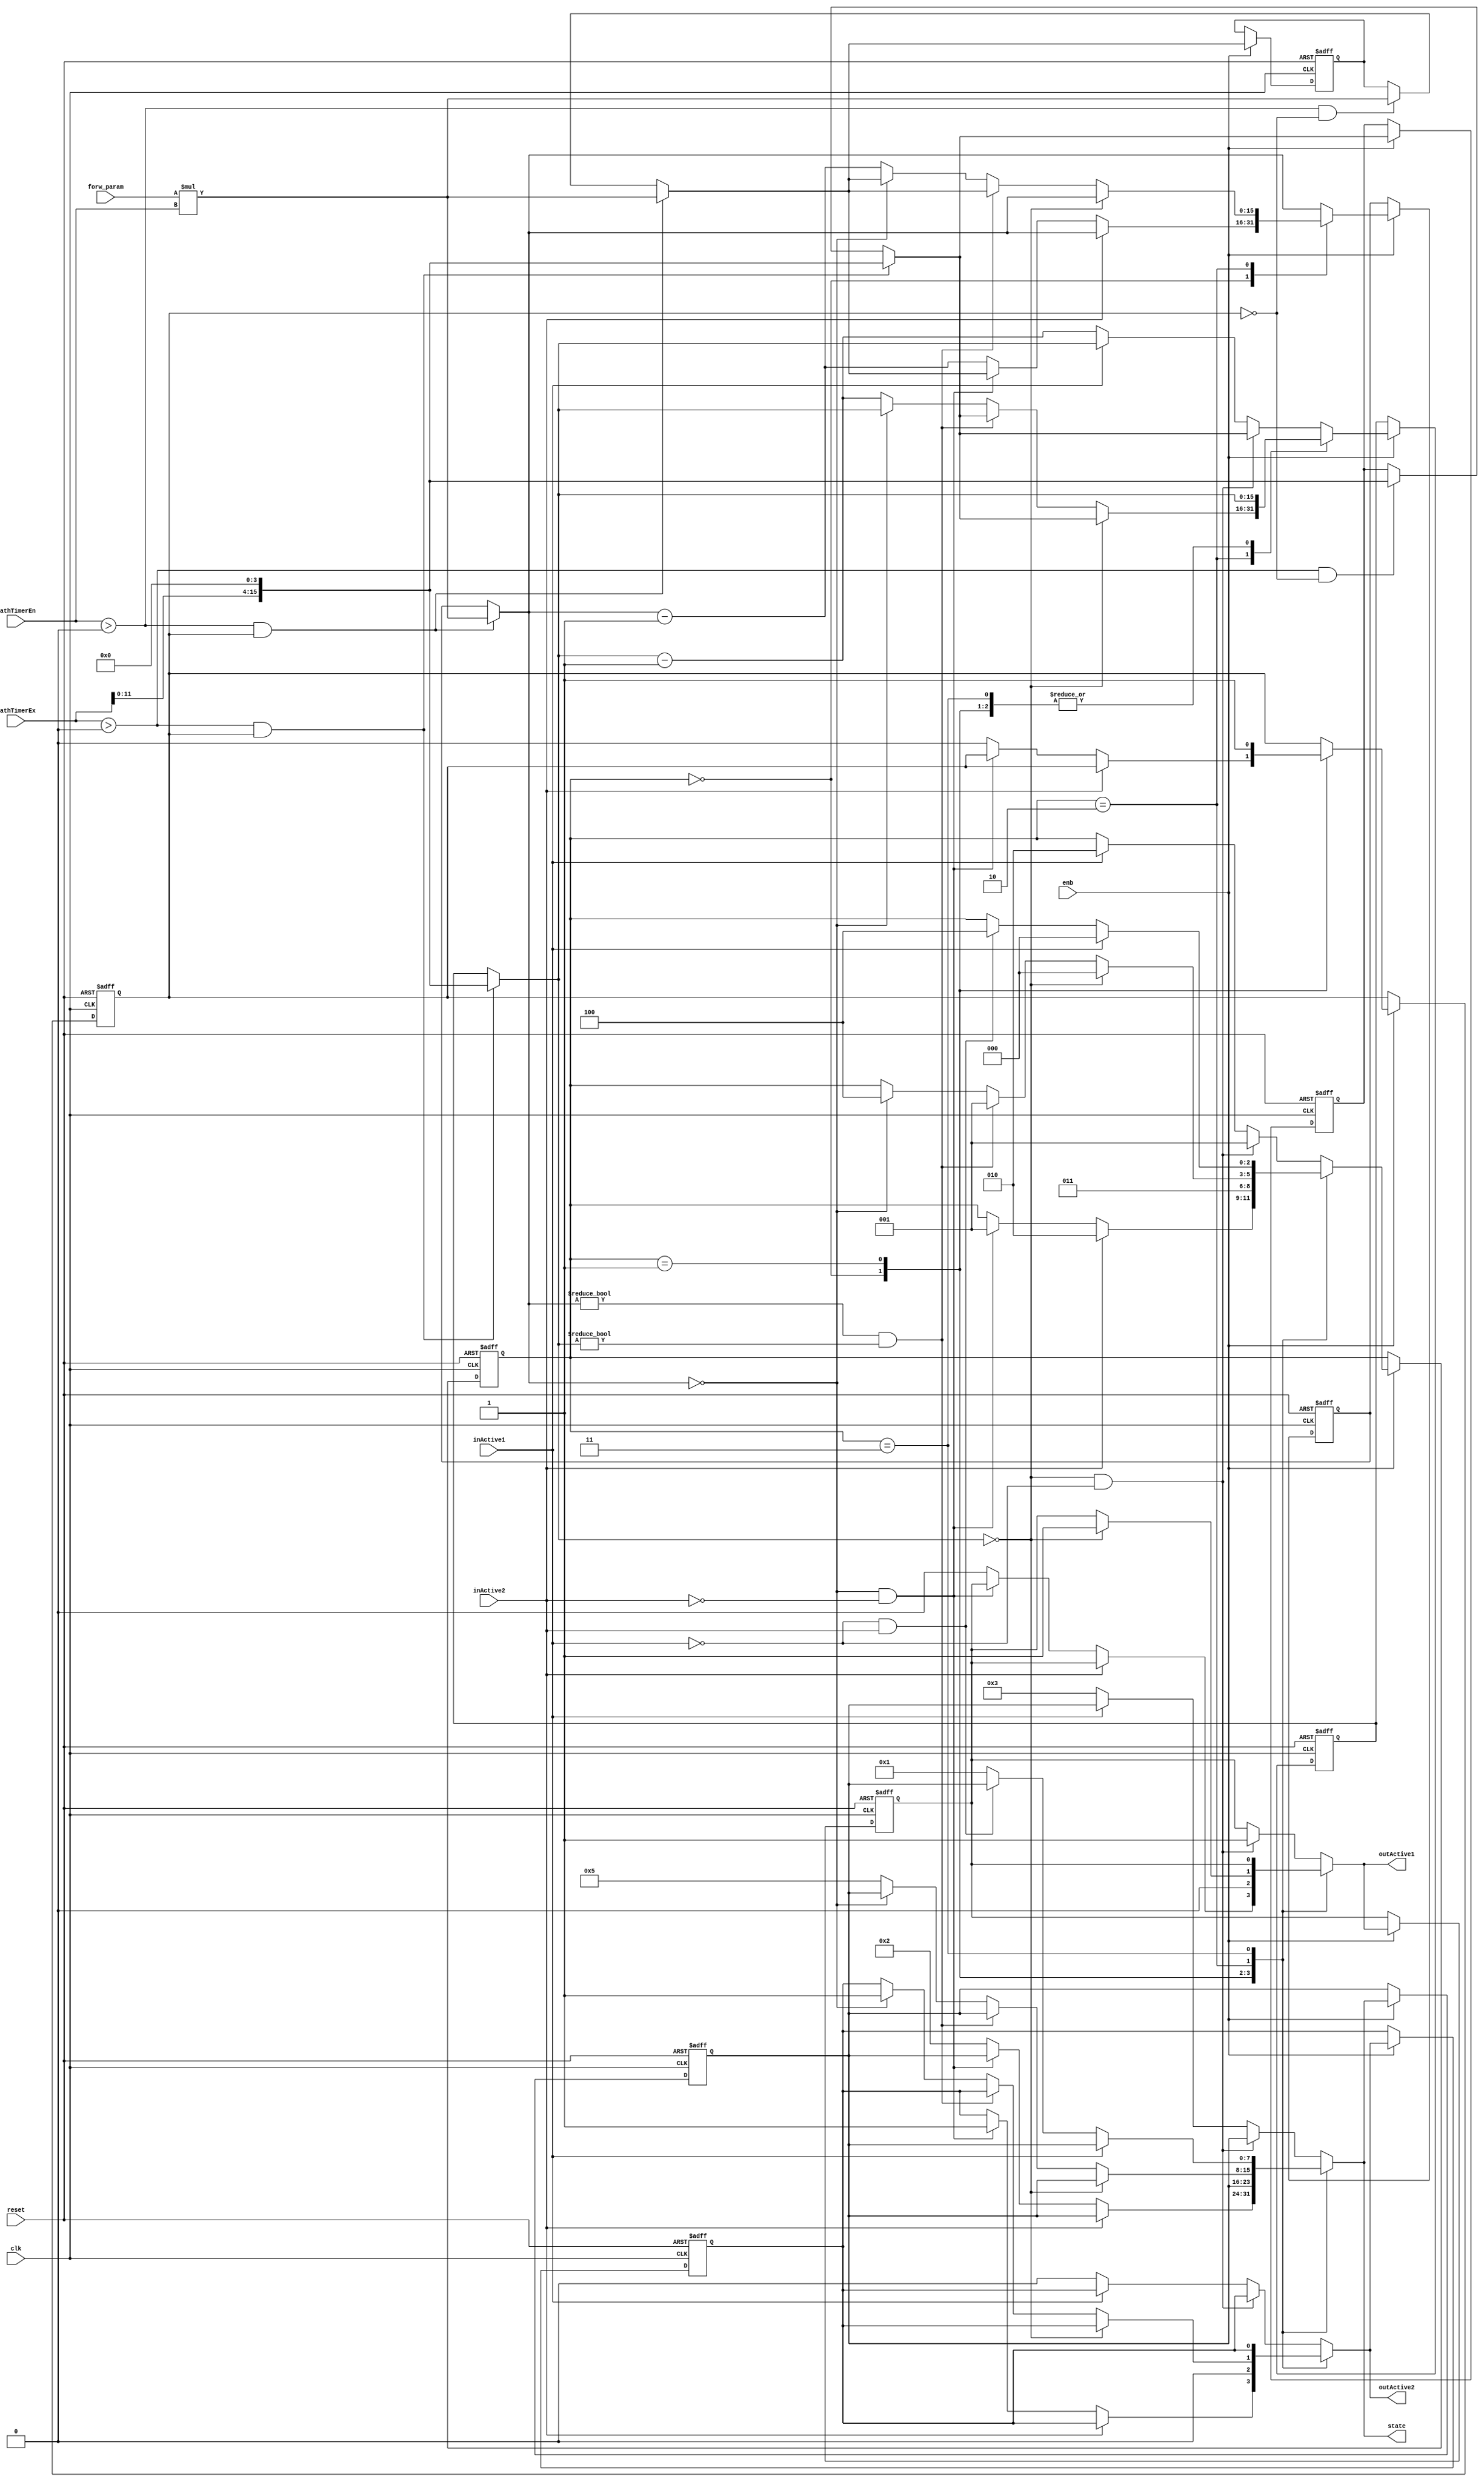
// -------------------------------------------------------------
// 
// 
// Generated by MATLAB 9.0 and HDL Coder 3.8
// 
// -------------------------------------------------------------


// -------------------------------------------------------------
// 
// Module: path_aut_block2
// Source Path: case2mod_new/PA4_1to6/path_aut
// Hierarchy Level: 2
// 
// -------------------------------------------------------------

`timescale 1 ns / 1 ns

module path_aut_block2
          (
           clk,
           reset,
           enb,
           inActive1,
           inActive2,
           forw_param,
           pathTimerEn,
           pathTimerEx,
           outActive1,
           outActive2,
           state
          );


  input   clk;
  input   reset;
  input   enb;
  input   inActive1;
  input   inActive2;
  input   [15:0] forw_param;  // uint16
  input   [15:0] pathTimerEn;  // uint16
  input   [15:0] pathTimerEx;  // uint16
  output  outActive1;
  output  outActive2;
  output  [7:0] state;  // uint8

  parameter is_PathAutomaton3_IN_AntegradeConduction = 3'd0, is_PathAutomaton3_IN_Conflict = 3'd1, is_PathAutomaton3_IN_Double = 3'd2, is_PathAutomaton3_IN_Idle = 3'd3, is_PathAutomaton3_IN_RetrogradeConduction = 3'd4;

  reg [2:0] is_PathAutomaton;  // uint8
  reg [15:0] forw_timer_cur;  // uint16
  reg [15:0] bck_timer_cur;  // uint16
  reg [15:0] bck_timer_def;  // uint16
  reg [15:0] forw_timer_def;  // uint16
  reg  idle_st;
  reg  outActive1_reg;
  reg  outActive2_reg;
  reg [7:0] state_reg;  // uint8
  reg [2:0] is_PathAutomaton_next;  // enum type is_PathAutomaton3 (5 enums)
  reg [15:0] forw_timer_cur_next;  // uint16
  reg [15:0] bck_timer_cur_next;  // uint16
  reg [15:0] bck_timer_def_next;  // uint16
  reg [15:0] forw_timer_def_next;  // uint16
  reg  idle_st_next;
  reg  outActive1_reg_next;
  reg  outActive2_reg_next;
  reg [7:0] state_reg_next;  // uint8
  reg [15:0] forw_timer_cur_temp;  // uint16
  reg [15:0] bck_timer_cur_temp;  // uint16
  reg [15:0] bck_timer_def_temp;  // uint16
  reg [15:0] forw_timer_def_temp;  // uint16
  reg [31:0] mul_temp;  // ufix32
  reg signed [31:0] cast;  // sfix32
  reg [31:0] mul_temp_0;  // ufix32
  reg signed [31:0] cast_0;  // sfix32
  reg [31:0] cast_1;  // ufix32
  reg [31:0] cast_2;  // ufix32


  always @(posedge clk or posedge reset)
    begin : SimpleModeling_c5_sXXf9G8yBl4H718z1OLmKvG_path_aut_process
      if (reset == 1'b1) begin
        forw_timer_cur <= 16'd0;
        bck_timer_cur <= 16'd0;
        bck_timer_def <= 16'd0;
        forw_timer_def <= 16'd0;
        state_reg <= 8'd0;
        outActive1_reg <= 1'b0;
        outActive2_reg <= 1'b0;
        is_PathAutomaton <= is_PathAutomaton3_IN_Idle;
        idle_st <= 1'b1;
      end
      else begin
        if (enb) begin
          is_PathAutomaton <= is_PathAutomaton_next;
          forw_timer_cur <= forw_timer_cur_next;
          bck_timer_cur <= bck_timer_cur_next;
          bck_timer_def <= bck_timer_def_next;
          forw_timer_def <= forw_timer_def_next;
          idle_st <= idle_st_next;
          outActive1_reg <= outActive1_reg_next;
          outActive2_reg <= outActive2_reg_next;
          state_reg <= state_reg_next;
        end
      end
    end

  always @(is_PathAutomaton, forw_timer_cur, bck_timer_cur, inActive1, inActive2,
       bck_timer_def, forw_timer_def, forw_param, idle_st, pathTimerEn,
       pathTimerEx, outActive1_reg, outActive2_reg, state_reg) begin
    forw_timer_cur_temp = forw_timer_cur;
    bck_timer_cur_temp = bck_timer_cur;
    bck_timer_def_temp = bck_timer_def;
    forw_timer_def_temp = forw_timer_def;
    outActive1_reg_next = outActive1_reg;
    outActive2_reg_next = outActive2_reg;
    state_reg_next = state_reg;
    is_PathAutomaton_next = is_PathAutomaton;
    idle_st_next = idle_st;
    if ((pathTimerEn > 16'b0000000000000000) && idle_st) begin
      mul_temp = forw_param * pathTimerEn;
      cast = mul_temp;
      forw_timer_def_temp = cast[15:0];
      forw_timer_cur_temp = forw_timer_def_temp;
    end
    else if ((pathTimerEn > 16'b0000000000000000) &&  ! idle_st) begin
      mul_temp_0 = forw_param * pathTimerEn;
      cast_0 = mul_temp_0;
      forw_timer_def_temp = cast_0[15:0];
    end
    if ((pathTimerEx > 16'b0000000000000000) && idle_st) begin
      cast_1 = {12'b0, {pathTimerEx, 4'b0000}};
      bck_timer_def_temp = cast_1[15:0];
      bck_timer_cur_temp = bck_timer_def_temp;
    end
    else if ((pathTimerEx > 16'b0000000000000000) &&  ! idle_st) begin
      cast_2 = {12'b0, {pathTimerEx, 4'b0000}};
      bck_timer_def_temp = cast_2[15:0];
    end
    case ( is_PathAutomaton)
      is_PathAutomaton3_IN_AntegradeConduction :
        begin
          if (inActive2) begin
            is_PathAutomaton_next = is_PathAutomaton3_IN_Double;
          end
          else if ((forw_timer_cur_temp == 16'b0000000000000000) &&  ! inActive2) begin
            forw_timer_cur_temp = forw_timer_def_temp;
            outActive2_reg_next = 1'b1;
            is_PathAutomaton_next = is_PathAutomaton3_IN_Conflict;
          end
          else begin
            forw_timer_cur_temp = forw_timer_cur_temp - 16'd1;
            outActive1_reg_next = 1'b0;
            idle_st_next = 1'b0;
            state_reg_next = 8'd2;
          end
        end
      is_PathAutomaton3_IN_Conflict :
        begin
          outActive2_reg_next = 1'b0;
          outActive1_reg_next = 1'b0;
          is_PathAutomaton_next = is_PathAutomaton3_IN_Idle;
          idle_st_next = 1'b1;
        end
      is_PathAutomaton3_IN_Double :
        begin
          if (bck_timer_cur_temp == 16'b0000000000000000) begin
            bck_timer_cur_temp = bck_timer_def_temp;
            outActive1_reg_next = 1'b1;
            is_PathAutomaton_next = is_PathAutomaton3_IN_AntegradeConduction;
          end
          else if ((forw_timer_cur_temp != 16'b0000000000000000) && (bck_timer_cur_temp != 16'b0000000000000000)) begin
            forw_timer_cur_temp = forw_timer_def_temp;
            bck_timer_cur_temp = bck_timer_def_temp;
            is_PathAutomaton_next = is_PathAutomaton3_IN_Conflict;
          end
          else if (forw_timer_cur_temp == 16'b0000000000000000) begin
            forw_timer_cur_temp = forw_timer_def_temp;
            outActive2_reg_next = 1'b1;
            is_PathAutomaton_next = is_PathAutomaton3_IN_RetrogradeConduction;
          end
          else begin
            forw_timer_cur_temp = forw_timer_cur_temp - 16'b0000000000000001;
            bck_timer_cur_temp = bck_timer_cur_temp - 16'b0000000000000001;
            state_reg_next = 8'd5;
          end
        end
      is_PathAutomaton3_IN_Idle :
        begin
          if (inActive1) begin
            is_PathAutomaton_next = is_PathAutomaton3_IN_AntegradeConduction;
          end
          else if (( ! inActive1) && inActive2) begin
            is_PathAutomaton_next = is_PathAutomaton3_IN_RetrogradeConduction;
          end
          else begin
            state_reg_next = 8'd1;
          end
        end
      default :
        begin
          if ((bck_timer_cur_temp == 16'b0000000000000000) &&  ! inActive1) begin
            bck_timer_cur_temp = bck_timer_def_temp;
            outActive1_reg_next = 1'b1;
            is_PathAutomaton_next = is_PathAutomaton3_IN_Conflict;
          end
          else if (inActive1) begin
            is_PathAutomaton_next = is_PathAutomaton3_IN_Double;
          end
          else begin
            bck_timer_cur_temp = bck_timer_cur_temp - 16'd1;
            outActive2_reg_next = 1'b0;
            state_reg_next = 8'd3;
          end
        end
    endcase
    forw_timer_cur_next = forw_timer_cur_temp;
    bck_timer_cur_next = bck_timer_cur_temp;
    bck_timer_def_next = bck_timer_def_temp;
    forw_timer_def_next = forw_timer_def_temp;
  end

  assign outActive1 = outActive1_reg_next;
  assign outActive2 = outActive2_reg_next;
  assign state = state_reg_next;



endmodule  // path_aut_block2